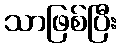
သာဖြစ်ပြီး